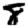
Digit: 8